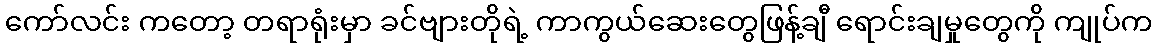
ကော်လင်း ကတော့ တရာရုံးမှာ ခင်ဗျားတိုရဲ့ ကာကွယ်ဆေးတွေဖြန့်ချီ ရောင်းချမှုတွေကို ကျုပ်က